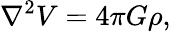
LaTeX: \nabla^{2}V=4\pi G\rho,